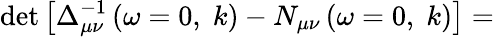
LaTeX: \operatorname*{det}\left[\Delta_{\mu\nu}^{-1}\left(\omega=0,\; k\right)-N_{\mu\nu}\left(\omega=0,\; k\right)\right]=